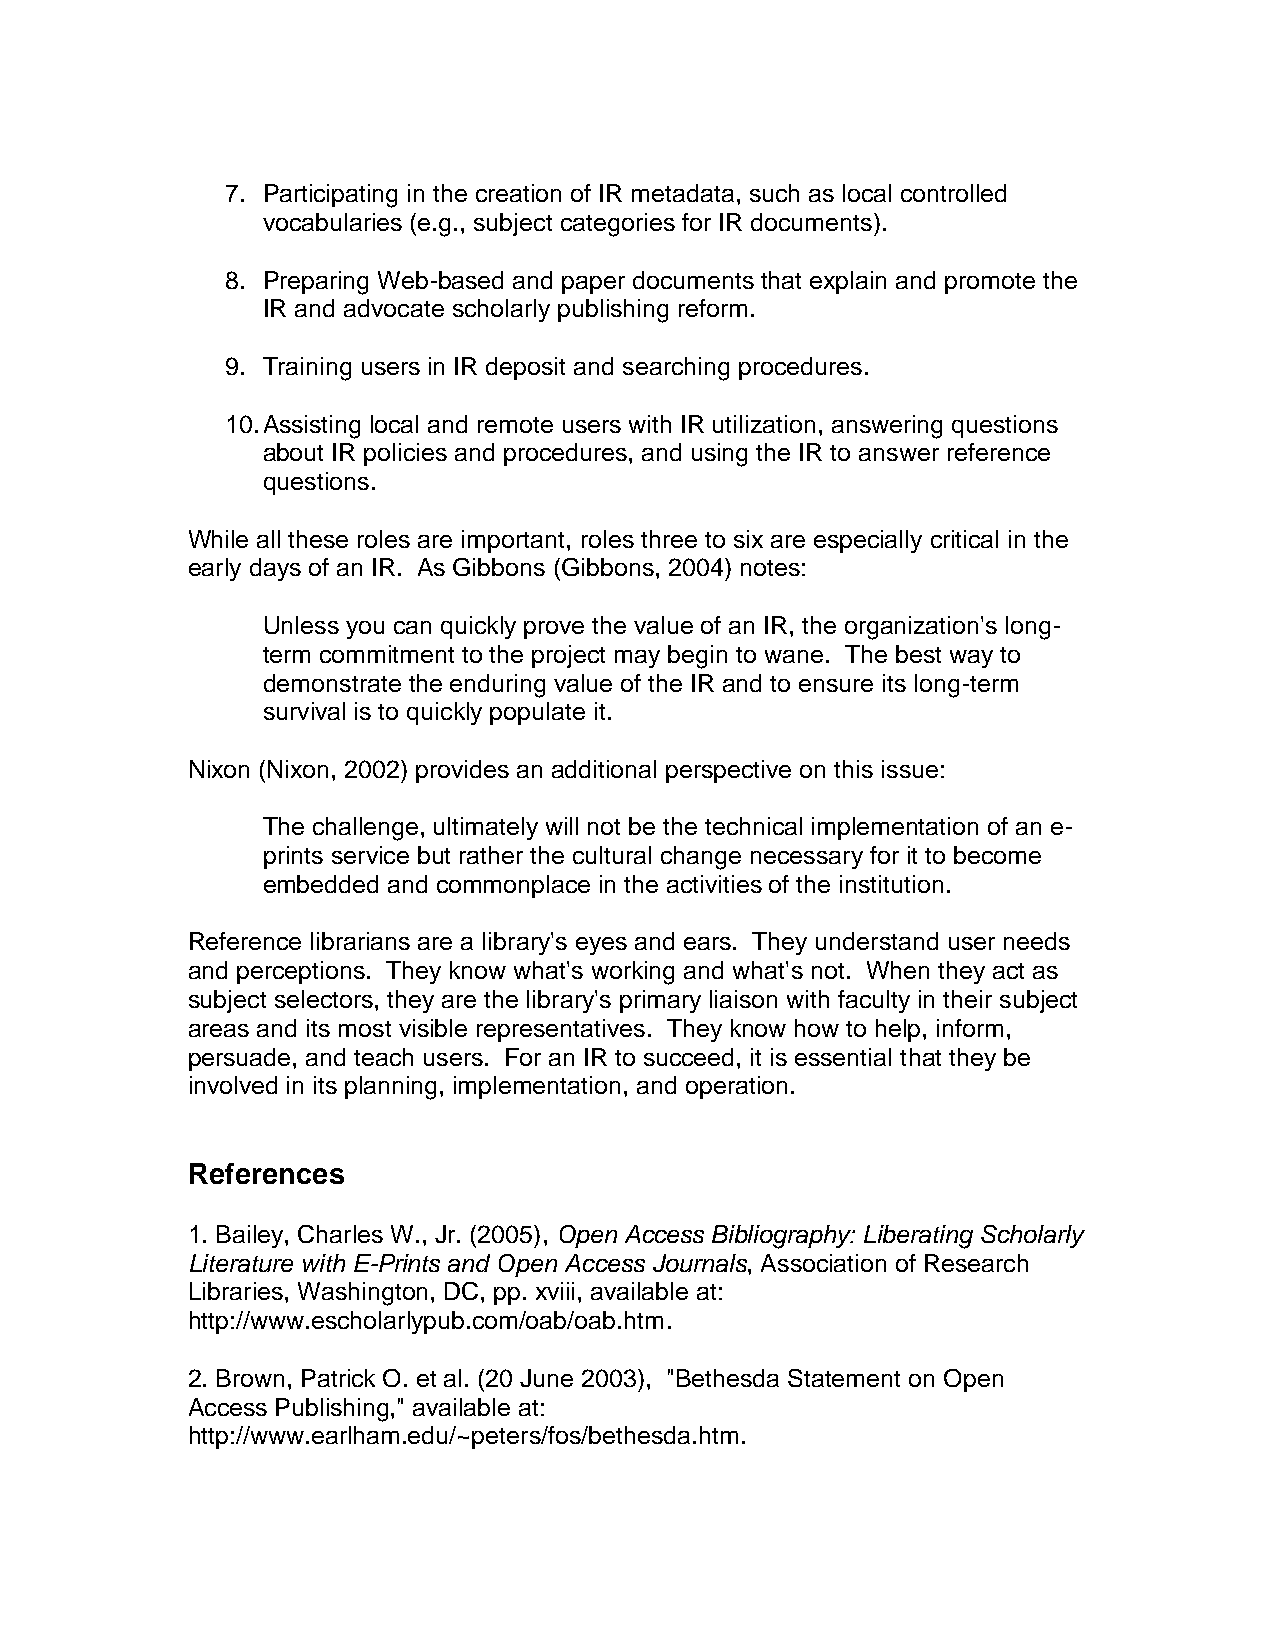
7. Participating in the creation of IR metadata, such as local controlled
 vocabularies (e.g., subject categories for IR documents).
 8. Preparing Web-based and paper documents that explain and promote the
 IR and advocate scholarly publishing reform.
 9. Training users in IR deposit and searching procedures.
 10. Assisting local and remote users with IR utilization, answering questions
 about IR policies and procedures, and using the IR to answer reference
 questions.
 While all these roles are important, roles three to six are especially critical in the
 early days of an IR. As Gibbons (Gibbons, 2004) notes:
 Unless you can quickly prove the value of an IR, the organization's long-
 term commitment to the project may begin to wane. The best way to
 demonstrate the enduring value of the IR and to ensure its long-term
 survival is to quickly populate it.
 Nixon (Nixon, 2002) provides an additional perspective on this issue:
 The challenge, ultimately will not be the technical implementation of an e-
 prints service but rather the cultural change necessary for it to become
 embedded and commonplace in the activities of the institution.
 Reference librarians are a library's eyes and ears. They understand user needs
 and perceptions. They know what's working and what's not. When they act as
 subject selectors, they are the library's primary liaison with faculty in their subject
 areas and its most visible representatives. They know how to help, inform,
 persuade, and teach users. For an IR to succeed, it is essential that they be
 involved in its planning, implementation, and operation.
 References
 1. Bailey, Charles W., Jr. (2005), Open Access Bibliography: Liberating Scholarly
 Literature with E-Prints and Open Access Journals, Association of Research
 Libraries, Washington, DC, pp. xviii, available at:
 http://www.escholarlypub.com/oab/oab.htm.
 2. Brown, Patrick O. et al. (20 June 2003), "Bethesda Statement on Open
 Access Publishing," available at:
 http://www.earlham.edu/~peters/fos/bethesda.htm.